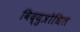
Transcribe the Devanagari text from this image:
विद्युत्रोधित